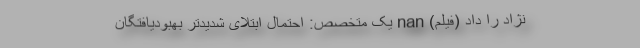
نژاد را داد (فیلم) nan یک متخصص: احتمال ابتلای شدیدتر بهبودیافتگان